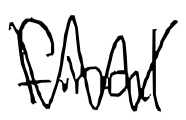
Text: final
Cross-out: zig-zag
Writing tool: digital_black